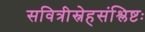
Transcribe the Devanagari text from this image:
सवित्रीस्नेहसंश्लिष्टः